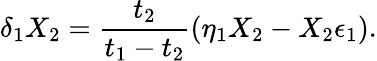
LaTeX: \delta_{1}X_{2}={\frac{t_{2}}{t_{1}-t_{2}}}(\eta_{1}X_{2}-X_{2}\epsilon_{1}).